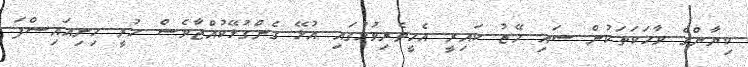
ކިޔާންގެ ވާހަކަތަކުން ސައި މޭޒު ކައިރީ އެހީތެރިވުމުގައި އުޅޭ ގެންގުޅޭކުއްޖާވެސް ހުރީ ހިނިއައިސްފަ